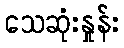
သေဆုံးနှုန်း